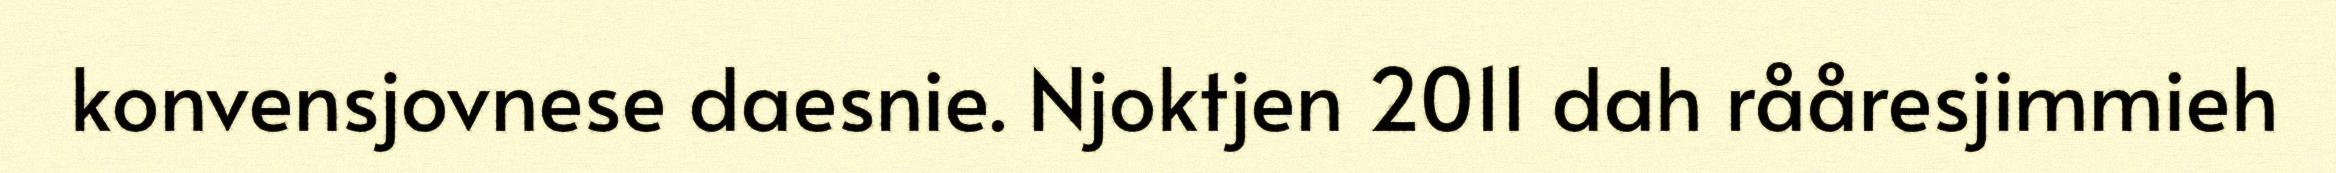
konvensjovnese daesnie. Njoktjen 2011 dah rååresjimmieh